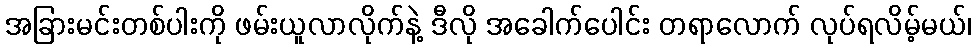
အခြားမင်းတစ်ပါးကို ဖမ်းယူလာလိုက်နဲ့ ဒီလို အခေါက်ပေါင်း တရာလောက် လုပ်ရလိမ့်မယ်၊